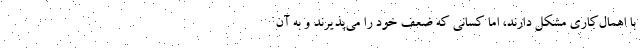
با اهمال‌کاری مشکل دارند، اما کسانی که ضعف خود را می‌پذیرند و به آن